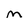
Character: m